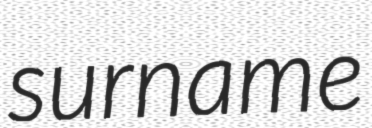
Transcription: surname